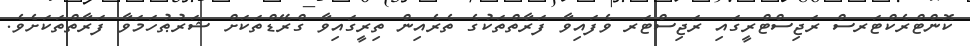
ކޮންޓްރެކްޓަރސް ރަޖިސްޓްރީގައި ރަޖިސްޓަރ ވެފައިވާ ފަރާތްތަކުގެ ތެރެއިން ތިރީގައިވާ ގްރޭޑްތަކަށް ޝަރުޠުހަމަވާ ފަރާތްތަކަށެވެ.